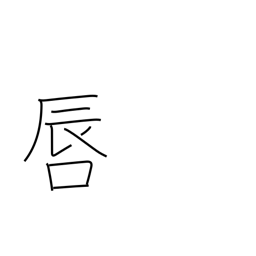
Meaning: lips